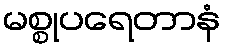
မစ္စုပရေတာနံ